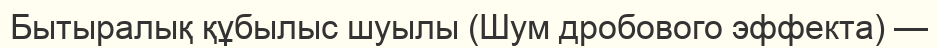
Бытыралық құбылыс шуылы (Шум дробового эффекта) —